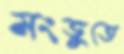
মংডুতে